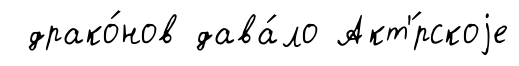
драко́нов дава́ло Акт'́рскоjе